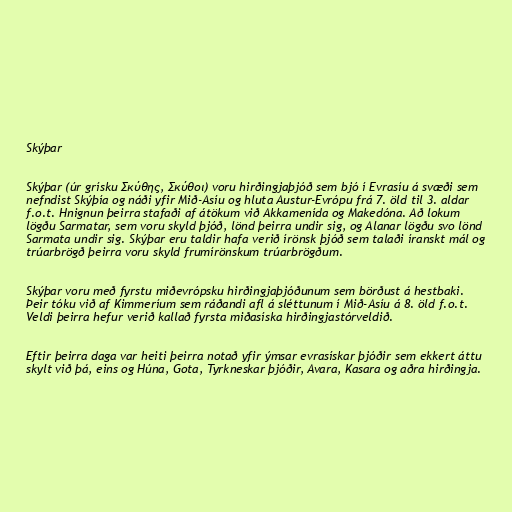
Skýþar

Skýþar (úr grísku Σκύθης, Σκύθοι) voru hirðingjaþjóð sem bjó í Evrasíu á svæði sem
nefndist Skýþía og náði yfir Mið-Asíu og hluta Austur-Evrópu frá 7. öld til 3. aldar
f.o.t. Hnignun þeirra stafaði af átökum við Akkamenída og Makedóna. Að lokum
lögðu Sarmatar, sem voru skyld þjóð, lönd þeirra undir sig, og Alanar lögðu svo lönd
Sarmata undir sig. Skýþar eru taldir hafa verið írönsk þjóð sem talaði íranskt mál og
trúarbrögð þeirra voru skyld frumírönskum trúarbrögðum.

Skýþar voru með fyrstu miðevrópsku hirðingjaþjóðunum sem börðust á hestbaki.
Þeir tóku við af Kimmeríum sem ráðandi afl á sléttunum í Mið-Asíu á 8. öld f.o.t.
Veldi þeirra hefur verið kallað fyrsta miðasíska hirðingjastórveldið.

Eftir þeirra daga var heiti þeirra notað yfir ýmsar evrasískar þjóðir sem ekkert áttu
skylt við þá, eins og Húna, Gota, Tyrkneskar þjóðir, Avara, Kasara og aðra hirðingja.